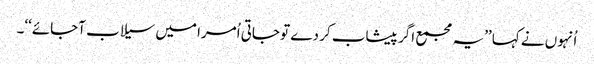
اُنہوں نے کہا ’’یہ مجمع اگر پیشاب کر دے تو جاتی اُمرا میں سیلاب آجائے‘‘۔